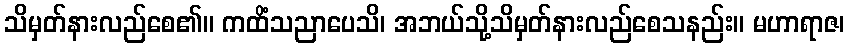
သိမှတ်နားလည်စေ၏။ ကထိံသညာပေသိ၊ အဘယ်သို့သိမှတ်နားလည်စေသနည်း။ မဟာရာဇ၊